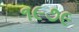
૧૯૭૯